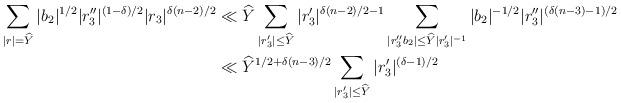
LaTeX: \begin{align*} \sum_{\substack{|r|}=\widehat{Y}}|b_2|^{1/2}|r_3''|^{(1-\delta)/2}|r_3|^{\delta(n-2)/2} & \ll \widehat{Y}\sum_{|r_3'|\leq \widehat{Y}}|r_3'|^{\delta(n-2)/2-1}\sum_{|r_3''b_2|\leq \widehat{Y}|r_3'|^{-1}}|b_2|^{-1/2}|r_3''|^{(\delta(n-3)-1)/2}\\ &\ll \widehat{Y}^{1/2+\delta(n-3)/2}\sum_{|r_3'|\leq \widehat{Y}}|r_3'|^{(\delta-1)/2}\end{align*}